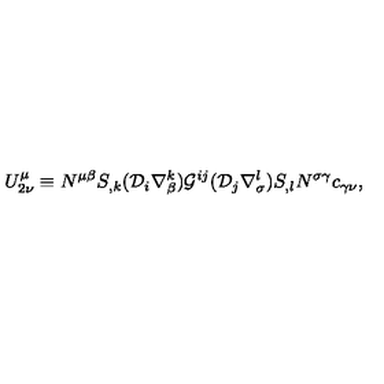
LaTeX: U _ { 2 \nu } ^ { \mu } \equiv N ^ { \mu \beta } S _ { , k } ( { \cal D } _ { i } \nabla _ { \beta } ^ { k } ) { \cal G } ^ { i j } ( { \cal D } _ { j } \nabla _ { \sigma } ^ { l } ) S _ { , l } N ^ { \sigma \gamma } c _ { \gamma \nu } ,